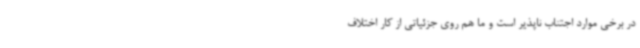
در برخی موارد اجتناب ناپذیر است و ما هم روی جزئیاتی از کار اختلاف